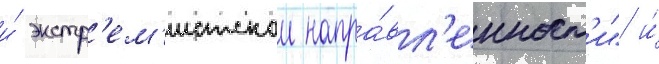
и́ экстр'ем'истскои напра́вл'енност'и" и́